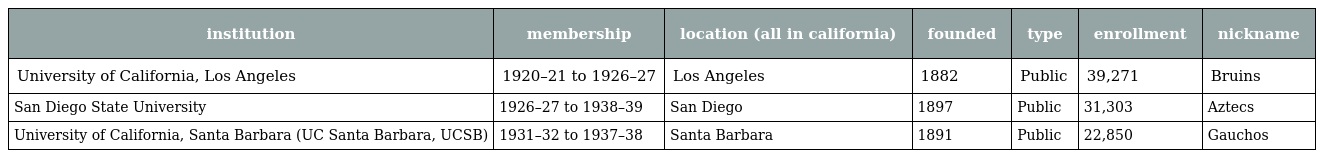
| institution | membership | location (all in california) | founded | type | enrollment | nickname |
 | --- | --- | --- | --- | --- | --- | --- |
 | University of California, Los Angeles | 1920–21 to 1926–27 | Los Angeles | 1882 | Public | 39,271 | Bruins |
 | San Diego State University | 1926–27 to 1938–39 | San Diego | 1897 | Public | 31,303 | Aztecs |
 | University of California, Santa Barbara (UC Santa Barbara, UCSB) | 1931–32 to 1937–38 | Santa Barbara | 1891 | Public | 22,850 | Gauchos |